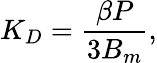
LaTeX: K_{D}=\frac{\beta P}{3B_{m}},